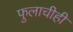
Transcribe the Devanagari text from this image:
फुलाचीही